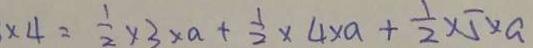
\times 4 = \frac { 1 } { 2 } \times 3 \times a + \frac { 1 } { 2 } \times 4 \times a + \frac { 1 } { 2 } \times 5 \times a